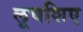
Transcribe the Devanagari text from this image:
लूचशिए